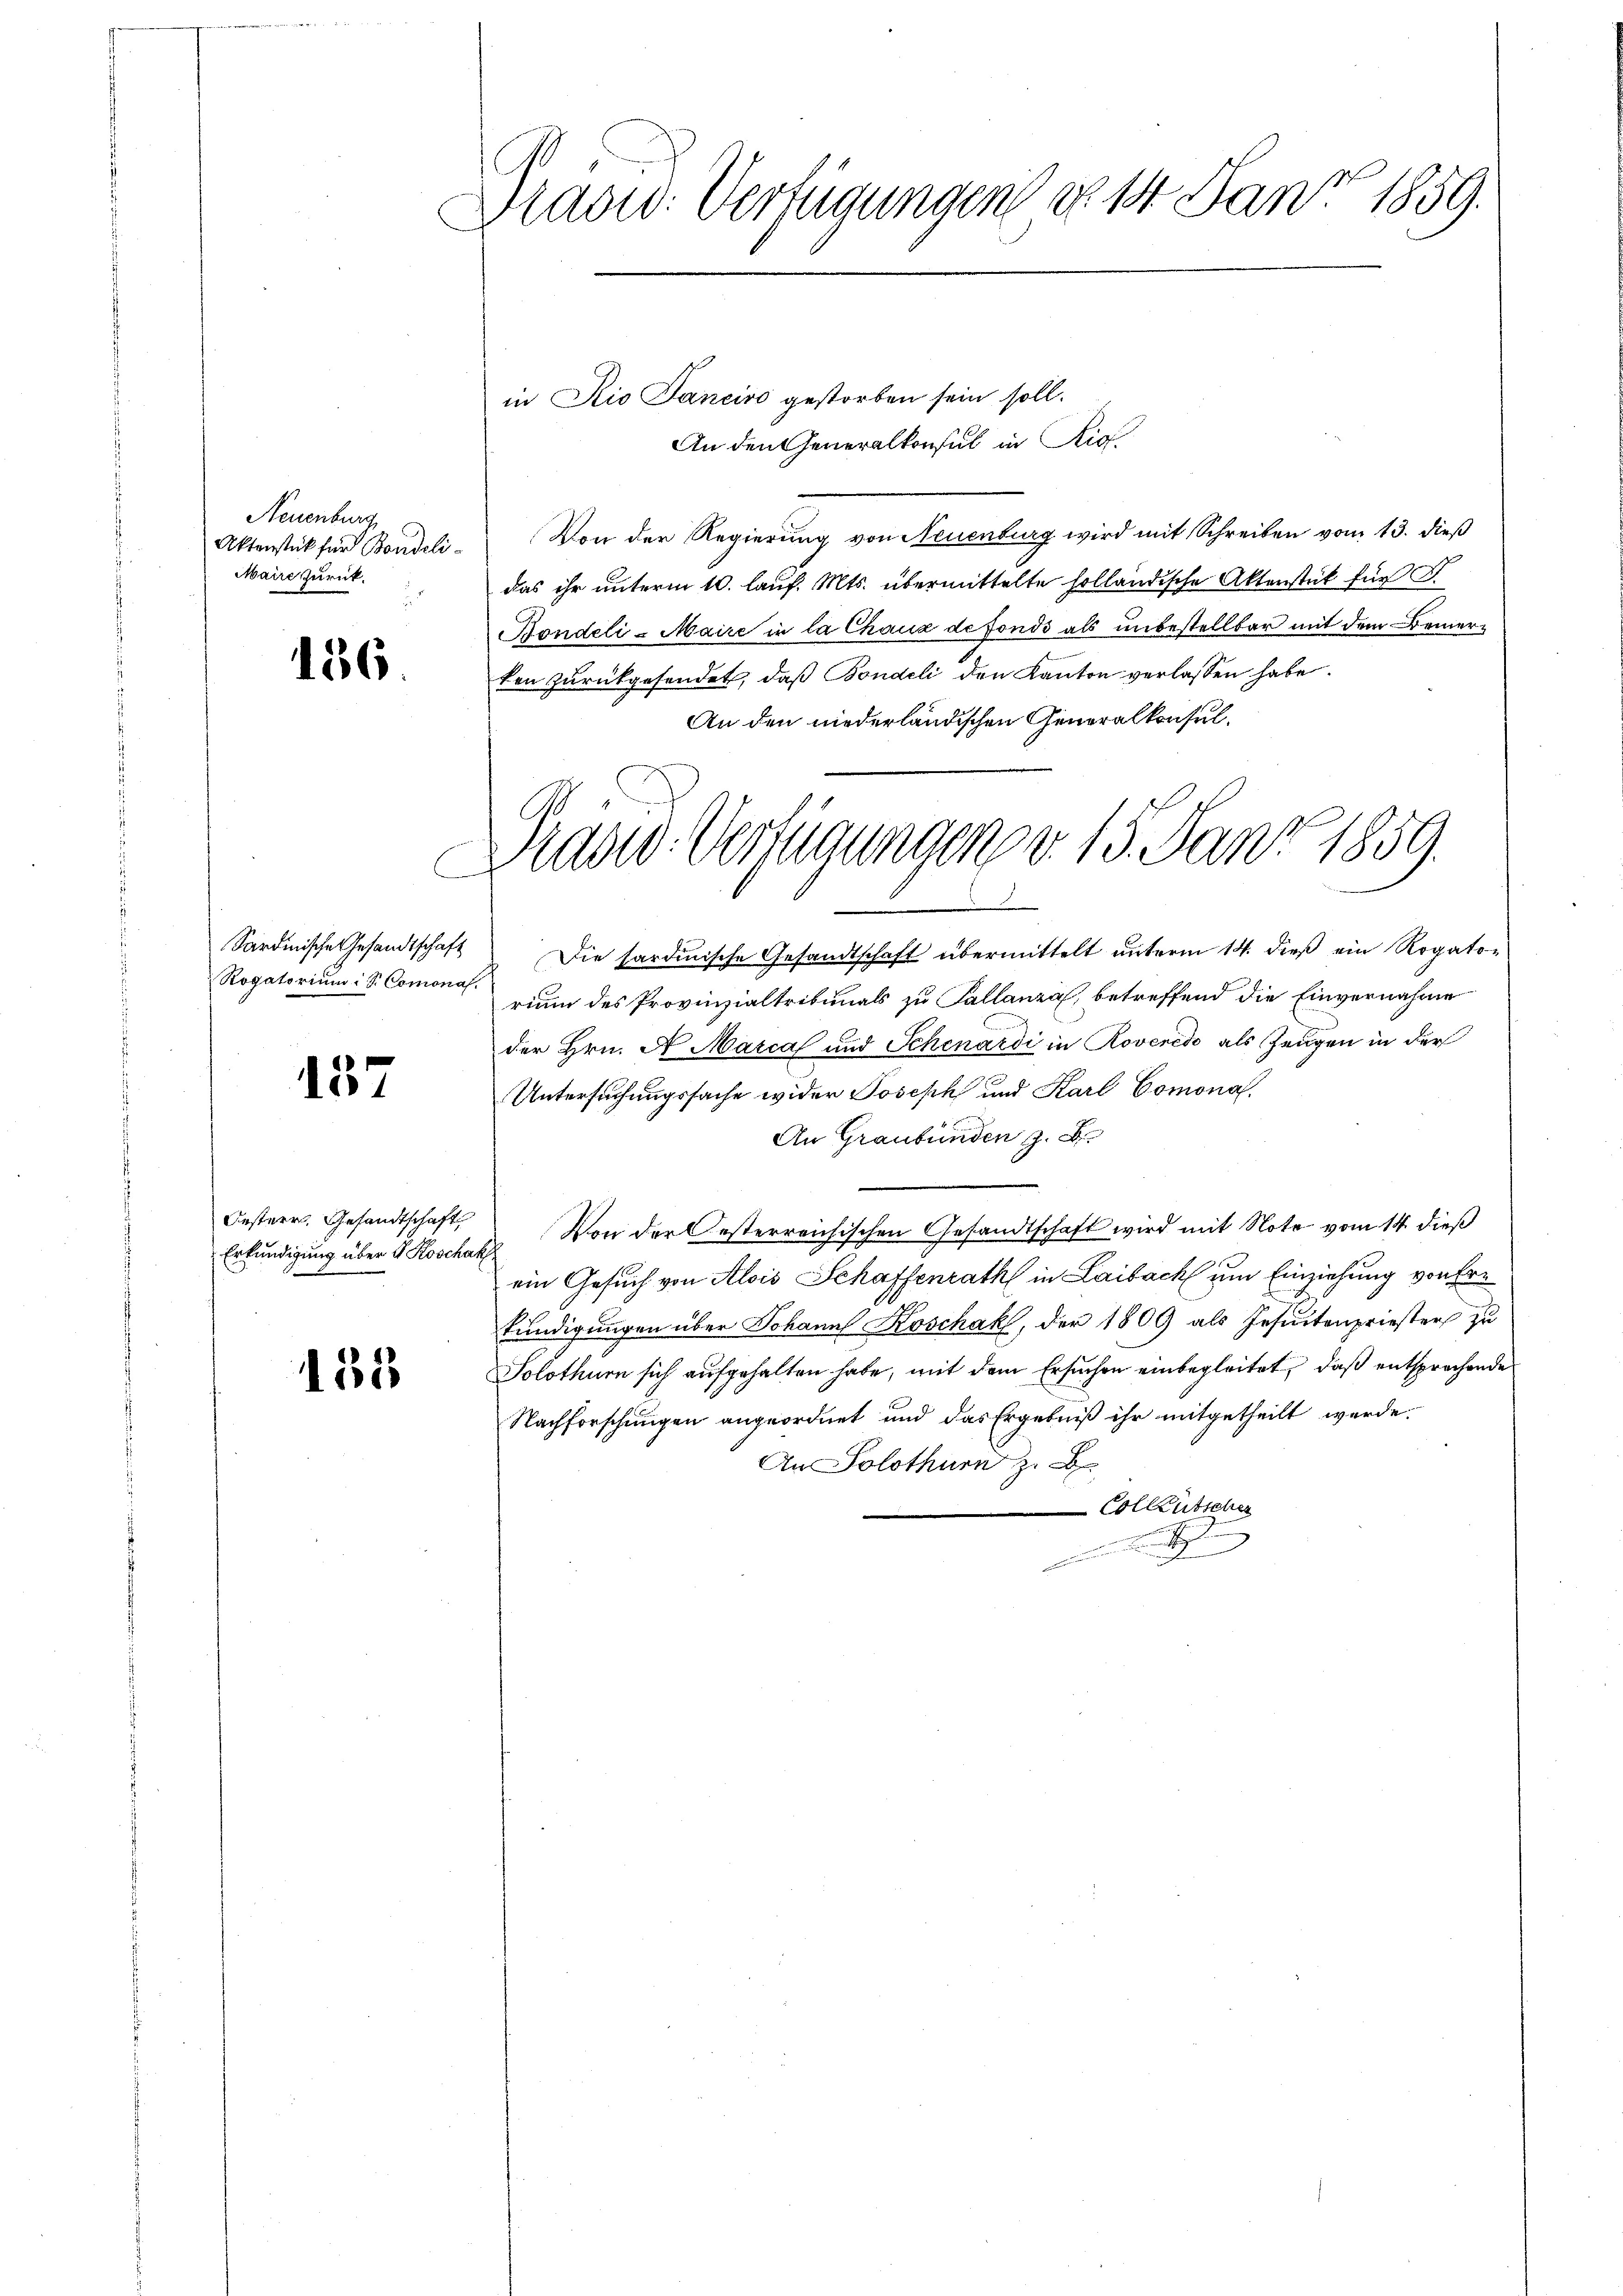
Neuenburg
Aktenstück für Bandeli¬
Maire zurück.
.

136.

Sardinische Gesandtschaft
Rogatorium Sr. Comona

157

Oesterr. Gesandtschaft
Erkundigung über 4 Koschak

135

Bladw. Verfügungen d. 14 Jan. 1859.

Präsid. Verfügungen v. 15. Janr. 1859.
d
d

in Rio Janeiro gestorben sein soll.
An den Generalkonsul in Rio.
Von der Regierung von Neuenburg wird mit Schreiben vom 13. dieß
das ihr unterm 10. lauf. Mts. übermittelte holländische Aktenstück für
Bondeli-Maire in la Chaux de fonds als unbestellbar mit dem Bemerken zurückgesendet, daß Bondeli den Kanton verlassen habe.
An den niederländischen Generalkonsul¬
Die hardinische Gesandtschaft übermittelt unterm 14. dieß ein Rogatorium des Provinzialtribunals zu Pallanza, betreffend die Einvernahme
der Hrn. A. Marcal und Schenardi in Roveredo als Zeugen in der
Untersuchungssache wider Joseph und Karl Comona
An Graubünden z. B.
Von der Oesterreichischen Gesandtschaft wird mit Note vom 14. dieß
ein Gesuch von Alois Schaffenrath in Laibach um Einziehung von Fre
kundigungen über Johann Koschak, der 1809 als Gesuntenpriester zu
Solothurn sich aufgehalten habe, mit dem Ersuchen einbegleitet, daß entsprochende
Nachforschungen angeordnet und das Ergebniß ihr mitgetheilt werde.
An Solothurn z. B.
Colleutscher
 den e